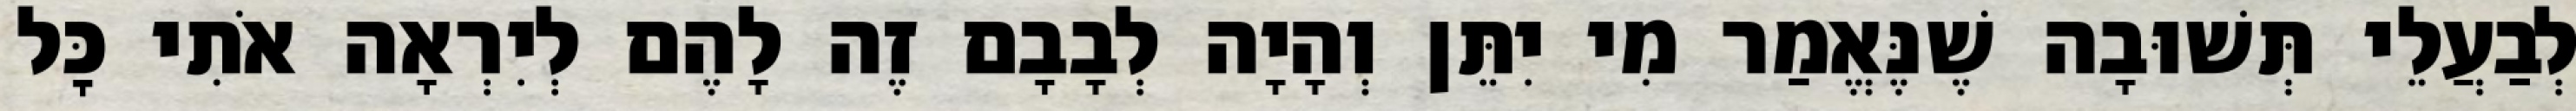
לְבַעֲלֵי תְּשׁוּבָה שֶׁנֶּאֱמַר מִי יִתֵּן וְהָיָה לְבָבָם זֶה לָהֶם לְיִרְאָה אֹתִי כׇּל